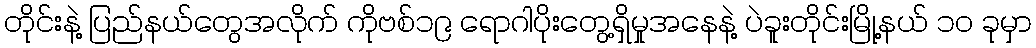
တိုင်းနဲ့ ပြည်နယ်တွေအလိုက် ကိုဗစ်၁၉ ရောဂါပိုးတွေ့ရှိမှုအနေနဲ့ ပဲခူးတိုင်းမြို့နယ် ၁၀ ခုမှာ